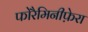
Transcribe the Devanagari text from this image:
फोरैमिनीफ़ेरा